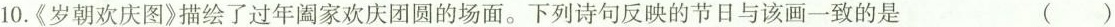
10.《岁朝欢庆图》描绘了过年阖家欢庆团圆的场面。下列诗句反映的节日与该画一致的是 ()